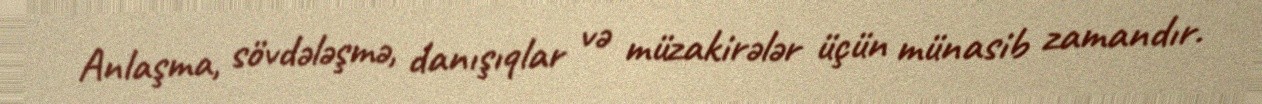
Anlaşma, sövdələşmə, danışıqlar və müzakirələr üçün münasib zamandır.